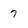
Character: 7